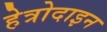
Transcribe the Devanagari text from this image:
हेत्रोदाइन